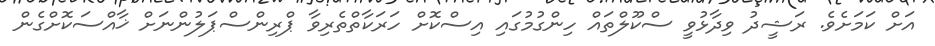
އަށް ކަމަށެވެ. ރަޝީދު ވިދާޅުވީ ސްކޫލްތައް ހިންގުމުގައި އިސްކޮށް ހަރަކާތްތެރިވާ ޕްރިންސްޕަލުންނަށް ޚާއްސަކޮށްގެން